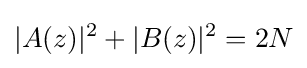
\vert A(z)\vert ^{2}+\vert B(z)\vert ^{2}=2N